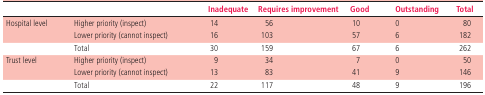
<table><thead><tr><td></td><td></td><td><b>Inadequate</b></td><td><b>Requires improvement</b></td><td><b>Good</b></td><td><b>Outstanding</b></td><td><b>Total</b></td></tr></thead><tbody><tr><td rowspan="2">Hospital level</td><td>Higher priority (inspect)</td><td>14</td><td>56</td><td>10</td><td>0</td><td>80</td></tr><tr><td>Lower priority (cannot inspect)</td><td>16</td><td>103</td><td>57</td><td>6</td><td>182</td></tr><tr><td></td><td>Total</td><td>30</td><td>159</td><td>67</td><td>6</td><td>262</td></tr><tr><td rowspan="2">Trust level</td><td>Higher priority (inspect)</td><td>9</td><td>34</td><td>7</td><td>0</td><td>50</td></tr><tr><td>Lower priority (cannot inspect)</td><td>13</td><td>83</td><td>41</td><td>9</td><td>146</td></tr><tr><td></td><td>Total</td><td>22</td><td>117</td><td>48</td><td>9</td><td>196</td></tr></tbody></table>